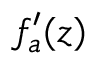
f _ { a } ^ { \prime } ( z )